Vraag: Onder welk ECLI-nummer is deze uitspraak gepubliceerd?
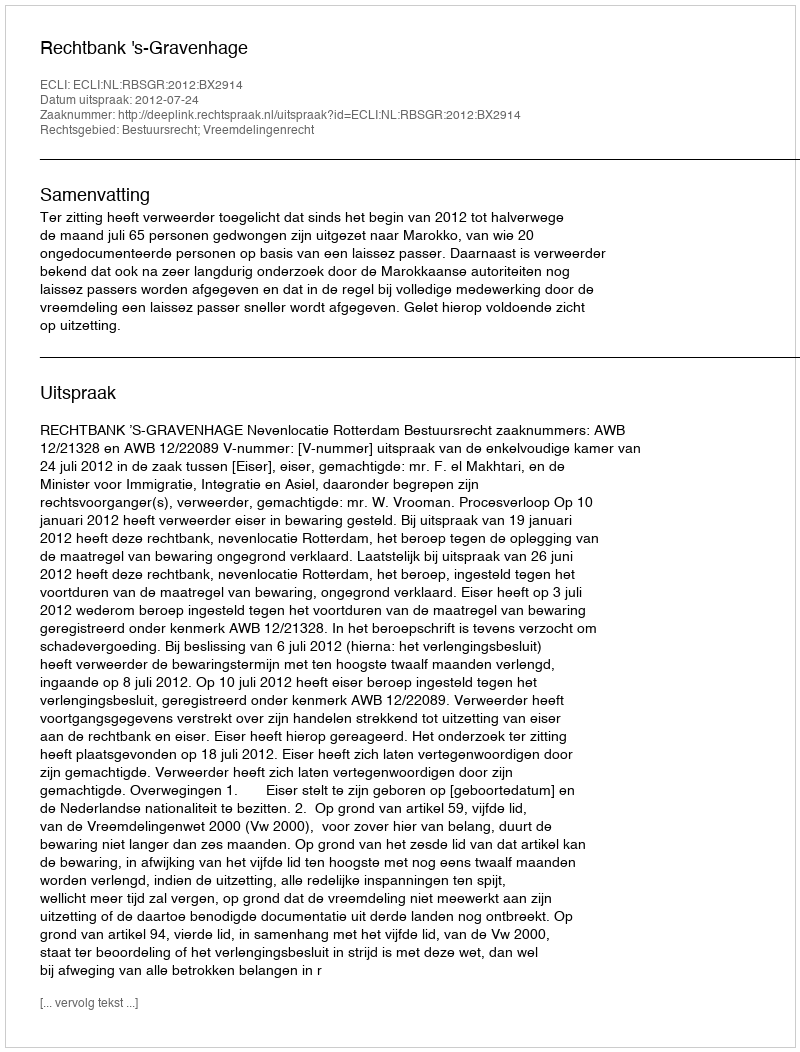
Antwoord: ECLI:NL:RBSGR:2012:BX2914